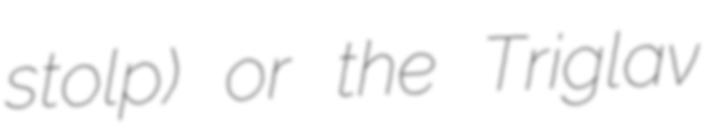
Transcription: stolp) or the Triglav